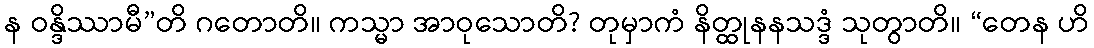
န ဝန္ဒိဿာမီ”တိ ဂတောတိ။ ကသ္မာ အာဝုသောတိ? တုမှာကံ နိတ္ထုနနသဒ္ဒံ သုတွာတိ။ “တေန ဟိ